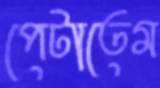
পেটাতেম